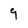
Character: 9